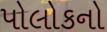
પોલોકનો